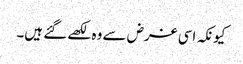
کیونکہ اسی غرض سے وہ لکھے گئے ہیں۔